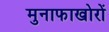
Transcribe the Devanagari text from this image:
मुनाफाखोरों